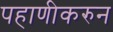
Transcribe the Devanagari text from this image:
पहाणीकरुन